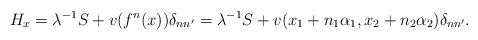
LaTeX: \begin{align*}H_x=\lambda^{-1}S+v(f^n(x))\delta_{nn^\prime}=\lambda^{-1}S+v(x_1+n_1\alpha_1,x_2+n_2\alpha_2)\delta_{nn^\prime}.\end{align*}